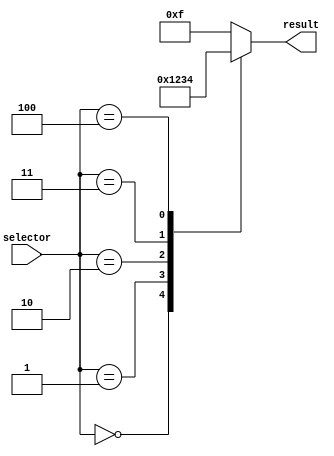
module case_statement_example (
   input [2:0] selector,
   output reg [3:0] result
);

initial begin
   case (selector)
      3'b000: result <= 4'b0000; // If selector is 000, set result to 0000
      3'b001: result <= 4'b0001; // If selector is 001, set result to 0001
      3'b010: result <= 4'b0010; // If selector is 010, set result to 0010
      3'b011: result <= 4'b0011; // If selector is 011, set result to 0011
      3'b100: result <= 4'b0100; // If selector is 100, set result to 0100
      default: result <= 4'b1111; // If selector does not match any of the cases, set result to 1111
   endcase
end

endmodule